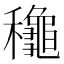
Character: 䆋